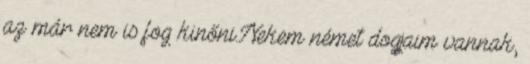
az már nem is fog kinőni.Nekem német dogjaim vannak,